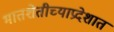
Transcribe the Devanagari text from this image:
भातशेतीच्याप्रदेशात